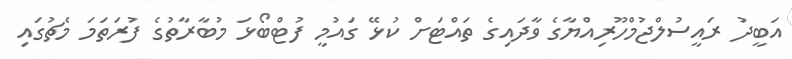
އަބީދު ރައީސުލްޖުމްހޫރިއްޔާގެ ވާދައިގެ ތައްޓަށް ކުޅޭ ގައުމީ ފުޓްބޯޅަ މުބާރާތުގެ ފުރަތަމަ މެޗުގައި